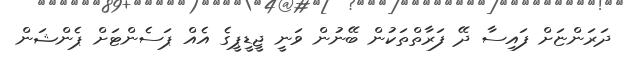
ދަރަންޏަށް ފައިސާ ދޭ ފަރާތްތަކުން ބޭނުން ވަނީ ޖީޑީޕީގެ އެއް ޕަސެންޓަށް ޕެންޝަން